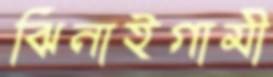
ঝিনাইগামী